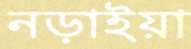
নড়াইয়া